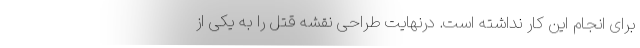
برای انجام این کار نداشته است. درنهایت طراحی نقشه قتل را به یکی از